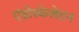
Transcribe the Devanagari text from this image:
एंडोस्केलेटन